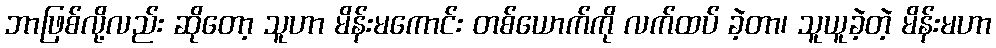
ဘာဖြစ်လို့လည်း ဆိုတော့ သူဟာ မိန်းမကောင်း တစ်ယောက်ကို လက်ထပ် ခဲ့တာ၊ သူယူခဲ့တဲ့ မိန်းမဟာ